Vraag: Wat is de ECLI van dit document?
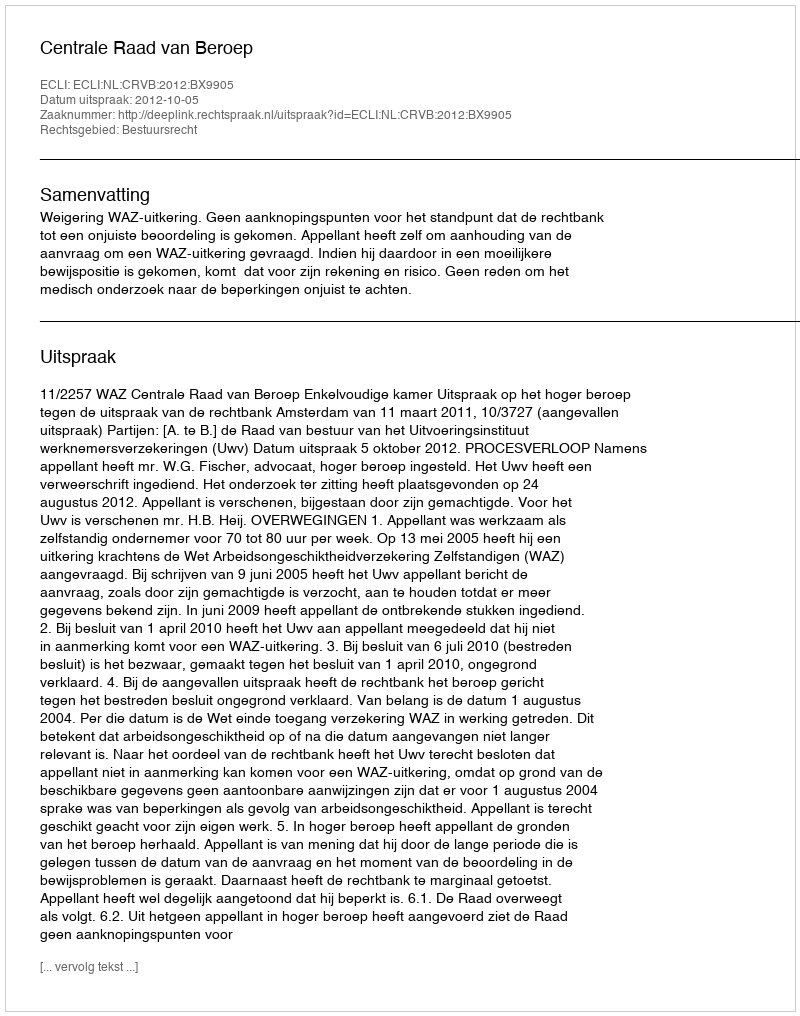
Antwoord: ECLI:NL:CRVB:2012:BX9905